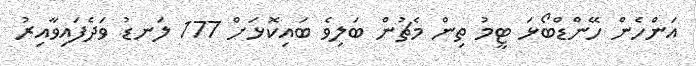
އަންހެން ހޭންޑްބޯޅަ ޓީމު ތިން މެޗުން ބަލިވެ ބައިކޮޅަށް 177 ލަނޑު ވަދެފައިވާއިރު